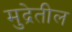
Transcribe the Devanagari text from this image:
मुद्रेतील